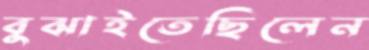
বুঝাইতেছিলেন